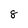
Character: 8